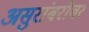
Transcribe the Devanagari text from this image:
असुरांबरोबर